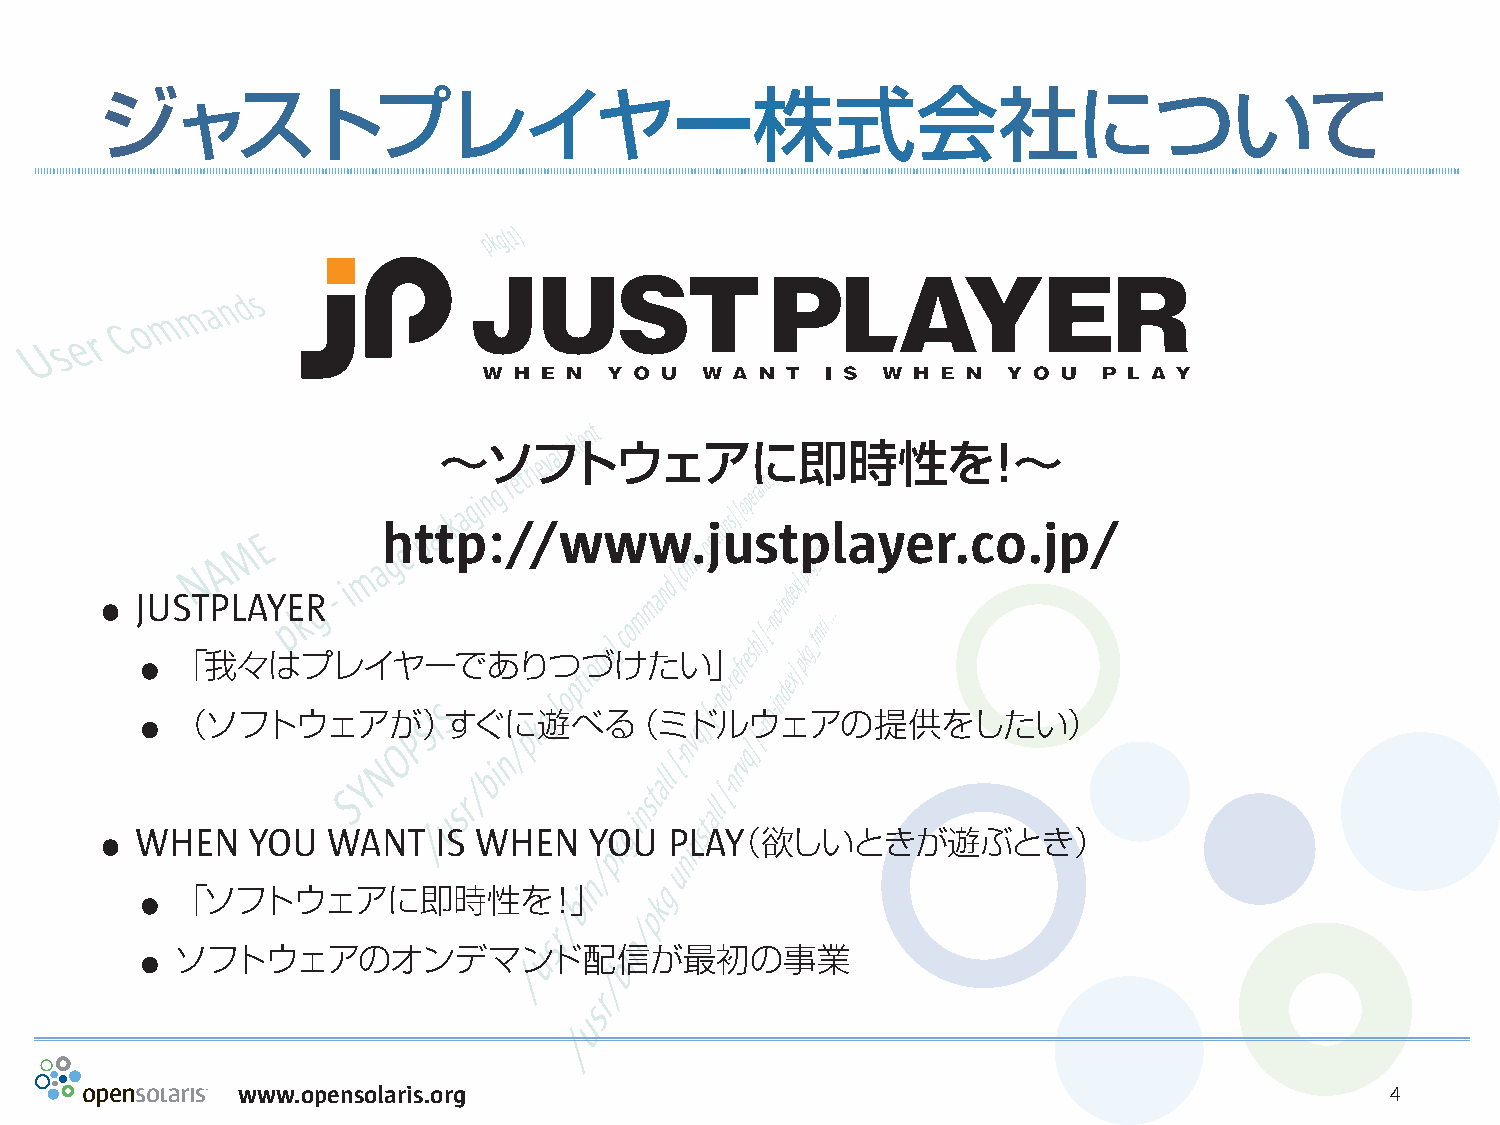
ジャストプレイヤー株式会社について
 〜ソフトウェアに即時性を！〜
 http://www.justplayer.co.jp/
 .
 JU STPLAYER
 .
 「我々はプレイヤーでありつづけたい」
 .
 （ソフトウェアが）すぐに遊べる（ミドルウェアの提供をしたい）
 .
 W HEN  YOU   WANT   IS WHEN   YOU  PLAY（欲しいときが遊ぶとき）
 .
 「ソフトウェアに即時性を！」
 .
 ソフトウェアのオンデマンド配信が最初の事業
 www.opensolaris.org                                                         4